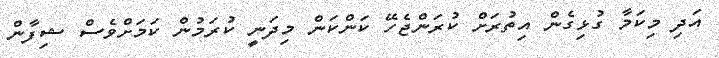
އަދި މިކަމާ ގުޅިގެން އިތުރަށް ކުރަންޖެހޭ ކަންކަން މިދަނީ ކުރަމުން ކަމަށްވެސް ޝިފާން